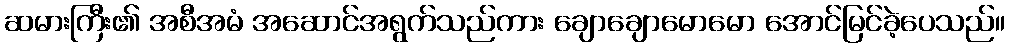
ဆမားကြီး၏ အစီအမံ အဆောင်အရွက်သည်ကား ချောချောမောမော အောင်မြင်ခဲ့ပေသည်။